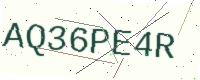
Text: AQ36PE4R